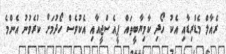
ރެއާލް މެޑްރިޑާއި އެކު ހޯދި ކާމިޔާބީތައް ޕީއެސްޖީއާއި އެކުވެސް ހޯދުމަށް ކުރެވުނު އެންމެ